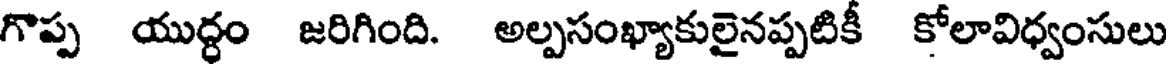
గొప్ప యుద్ధం జరిగింది. అల్పసంఖ్యాకులైనప్పటికీ కోలావిధ్వంసులు